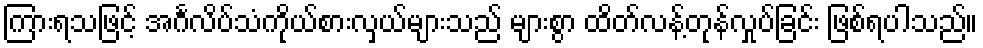
ကြားရသဖြင့် အင်္ဂလိပ်သံကိုယ်စားလှယ်များသည် များစွာ ထိတ်လန့်တုန်လှုပ်ခြင်း ဖြစ်ရပါသည်။